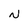
Character: N